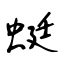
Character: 蜓